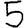
Digit: 5